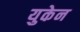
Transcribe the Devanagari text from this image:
युकेन